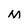
Character: M